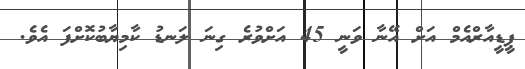
ޕީޑީއާރްއެމް އަށް އޭނާ ވަނީ 45 އަށްވުރެ ގިނަ ލަނޑު ކާމިޔާބުކޮށްފަ އެވެ.